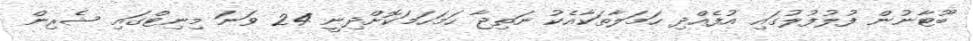
ބޫޓާނުން ފުލުފުލުގައި އުފެއްދި ހަމަލާތަކާއެކު ނަތިޖާ ހަމަހަމަކޮށްދިނީ 24 ވަނަ މިނިޓްގައި ޝެރިން